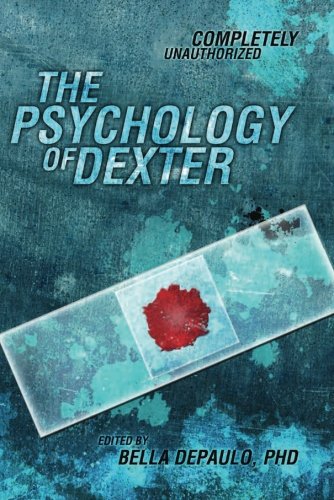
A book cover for The Psychology of Dexter (Psychology of Popular Culture); Humor & Entertainment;